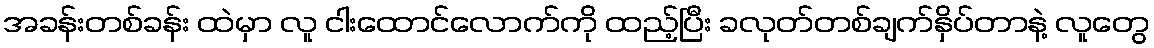
အခန်းတစ်ခန်း ထဲမှာ လူ ငါးထောင်လောက်ကို ထည့်ပြီး ခလုတ်တစ်ချက်နှိပ်တာနဲ့ လူတွေ